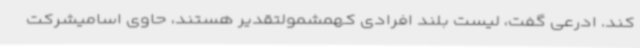
کند. ادرعی گفت، لیست بلند افرادی کهمشمولتقدیر هستند، حاوی اسامیشرکت